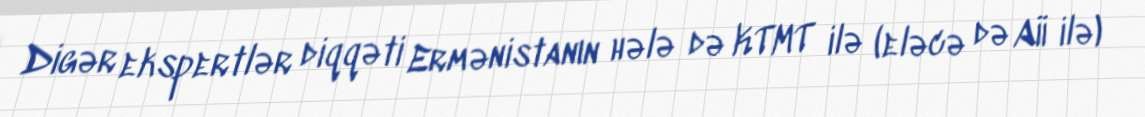
Digər ekspertlər diqqəti Ermənistanın hələ də KTMT ilə (eləcə də Aİİ ilə)